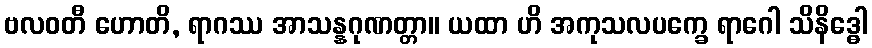
ဗလဝတီ ဟောတိ, ရာဂဿ အာသန္နဂုဏတ္တာ။ ယထာ ဟိ အကုသလပက္ခေ ရာဂေါ သိနိဒ္ဓေါ